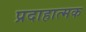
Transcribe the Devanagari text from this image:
प्रदाहात्मक